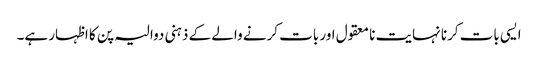
ایسی بات کرنا نہایت نا معقول اور بات کرنے والے کے ذہنی دوالیہ پن کا اظہار ہے۔